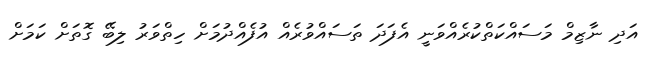
އަދި ނާޒިމް މަސައްކަތްކުރެއްވަނީ އެފަދަ ތަސައްވުރެއް އުފެއްދުމަށް ހިތްވަރު ލިބޭ ގޮތަށް ކަމަށް